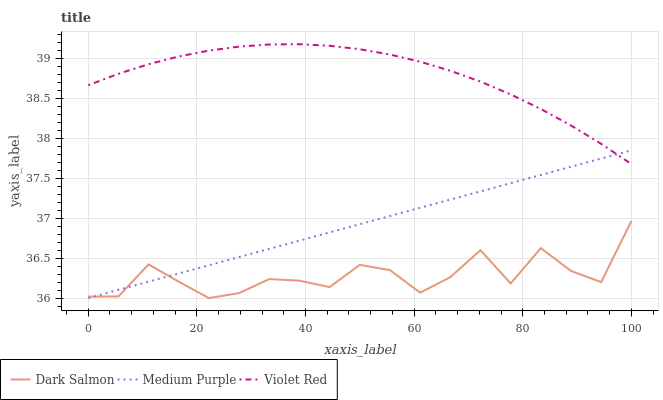
| xaxis_label | Dark Salmon | Medium Purple | Violet Red |
 | --- | --- | --- | --- |
 | 0 | 36 | 36 | 38.7 |
 | 5.56 | 36 | 36.1 | 38.8 |
 | 11.1 | 36.4 | 36.2 | 38.9 |
 | 16.7 | 36.2 | 36.3 | 39 |
 | 22.2 | 36 | 36.4 | 39.1 |
 | 27.8 | 36.1 | 36.5 | 39.2 |
 | 33.3 | 36.2 | 36.6 | 39.2 |
 | 38.9 | 36.2 | 36.7 | 39.2 |
 | 44.4 | 36.1 | 36.8 | 39.2 |
 | 50 | 36.4 | 36.9 | 39.1 |
 | 55.6 | 36.4 | 37 | 39.1 |
 | 61.1 | 36.1 | 37.1 | 39 |
 | 66.7 | 36.3 | 37.2 | 38.8 |
 | 72.2 | 36.6 | 37.3 | 38.7 |
 | 77.8 | 36.2 | 37.4 | 38.6 |
 | 83.3 | 36.6 | 37.5 | 38.4 |
 | 88.9 | 36.3 | 37.6 | 38.2 |
 | 94.4 | 36.2 | 37.7 | 37.9 |
 | 100 | 37 | 37.9 | 37.7 |